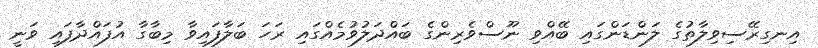
އިނގިރޭސިވިލާތުގެ ލަންޑަންގައި ބޭއްވި ނޫސްވެރިންގެ ބައްދަލުވުމެއްގައި ރަހަ ބަލާފައިވާ މިބާގާ އުފައްދާފައި ވަނީ